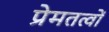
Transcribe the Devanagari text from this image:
प्रेमतत्वों